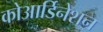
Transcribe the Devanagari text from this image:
कोआर्डिनेशन